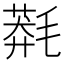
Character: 𣯬